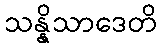
သန္နိသာဒေတိ